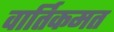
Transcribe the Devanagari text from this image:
वार्तिकमत